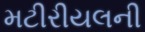
મટીરીયલની